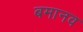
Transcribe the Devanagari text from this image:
बमानव